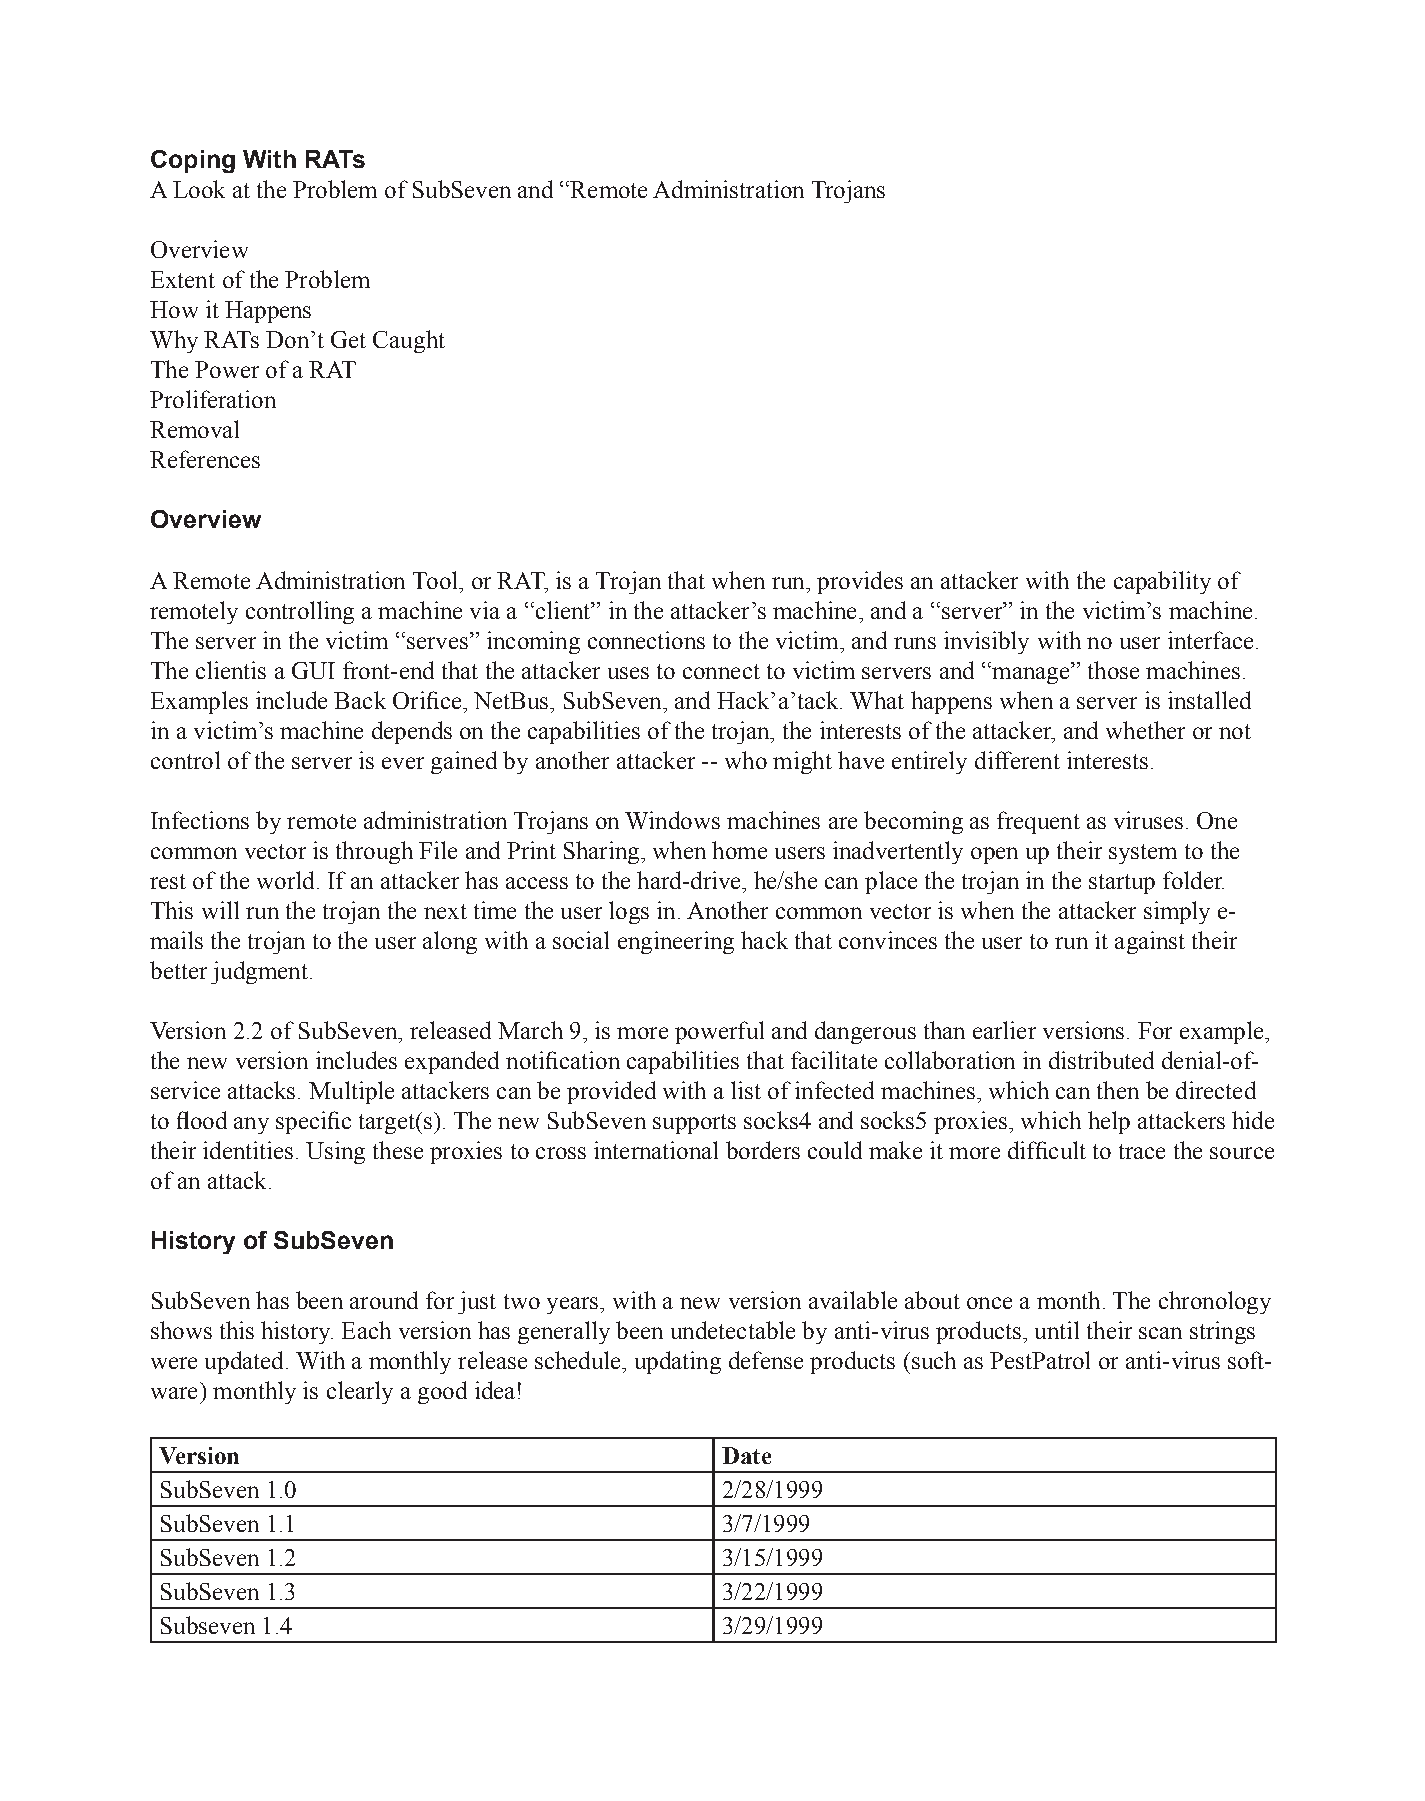
Coping With RATs
 A Look at the Problem of SubSeven and “Remote Administration Trojans
 Overview
 Extent of the Problem
 How it Happens
 Why RATs Don’t Get Caught
 The Power of a RAT
 Proliferation
 Removal
 References
 Overview
 A Remote Administration Tool, or RAT, is a Trojan that when run, provides an attacker with the capability of
 remotely controlling a machine via a “client” in the attacker’s machine, and a “server” in the victim’s machine.
 The server in the victim “serves” incoming connections to the victim, and runs invisibly with no user interface.
 The clientis a GUI front-end that the attacker uses to connect to victim servers and “manage” those machines.
 Examples include Back Orifice, NetBus, SubSeven, and Hack’a’tack. What happens when a server is installed
 in a victim’s machine depends on the capabilities of the trojan, the interests of the attacker, and whether or not
 control of the server is ever gained by another attacker -- who might have entirely different interests.
 Infections by remote administration Trojans on Windows machines are becoming as frequent as viruses. One
 common vector is through File and Print Sharing, when home users inadvertently open up their system to the
 rest of the world. If an attacker has access to the hard-drive, he/she can place the trojan in the startup folder.
 This will run the trojan the next time the user logs in. Another common vector is when the attacker simply e-
 mails the trojan to the user along with a social engineering hack that convinces the user to run it against their
 better judgment.
 Version 2.2 of SubSeven, released March 9, is more powerful and dangerous than earlier versions. For example,
 the new version includes expanded notification capabilities that facilitate collaboration in distributed denial-of-
 service attacks. Multiple attackers can be provided with a list of infected machines, which can then be directed
 to flood any specific target(s). The new SubSeven supports socks4 and socks5 proxies, which help attackers hide
 their identities. Using these proxies to cross international borders could make it more difficult to trace the source
 of an attack.
 History of SubSeven
 SubSeven has been around for just two years, with a new version available about once a month. The chronology
 shows this history. Each version has generally been undetectable by anti-virus products, until their scan strings
 were updated. With a monthly release schedule, updating defense products (such as PestPatrol or anti-virus soft-
 ware) monthly is clearly a good idea!
 Version                              Date
 SubSeven 1.0                         2/28/1999
 SubSeven 1.1                         3/7/1999
 SubSeven 1.2                         3/15/1999
 SubSeven 1.3                         3/22/1999
 Subseven 1.4                         3/29/1999